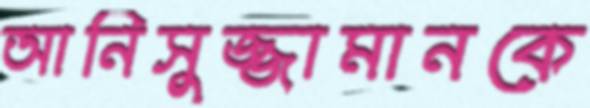
আনিসুজ্জামানকে